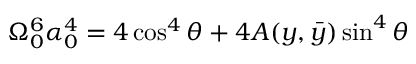
\Omega _ { 0 } ^ { 6 } \alpha _ { 0 } ^ { 4 } = 4 \cos ^ { 4 } \theta + 4 A ( y , \bar { y } ) \sin ^ { 4 } \theta